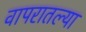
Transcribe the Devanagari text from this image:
वापरातल्या